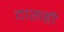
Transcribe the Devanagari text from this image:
दारूही